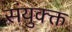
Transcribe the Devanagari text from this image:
संयुक्क्त